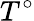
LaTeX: T^{\circ}